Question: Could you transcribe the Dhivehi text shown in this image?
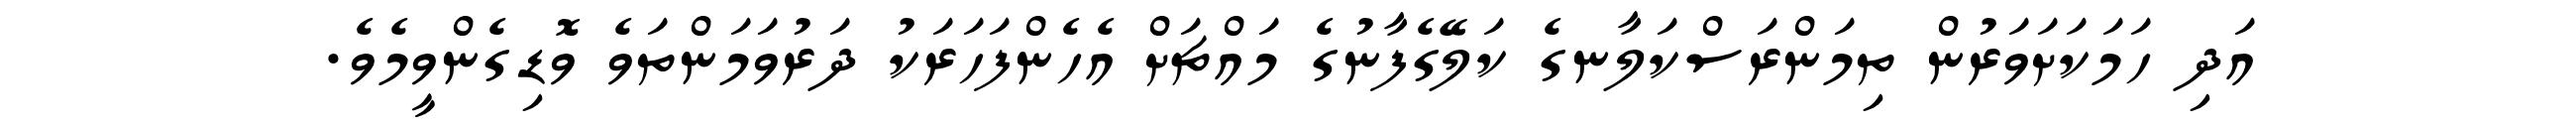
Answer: އަދި ހަމަކަށަވަރުން ތިމަންރަސްކަލާނގެ ކަލޭގެފާނުގެ މައްޗަށް އެހެންފަހަރަކު ދަރުވަމަންތަވެ ވޮޑިގެންވީމެވެ.